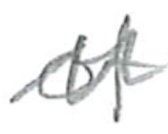
Text: of
Cross-out: zig-zag
Writing tool: pencil